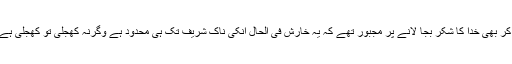
مسلسل چھینکیں مارنے کے بعد وہ یہ سوچ کر بھی خدا کا شکر بجا لانے پر مجبور تھے کہ یہ خارش فی الحال انکی ناک شریف تک ہی محدود ہے وگرنہ کھجلی تو کھجلی ہے انکی تشریف میں بھی لاحق ہو سکتی تھی ۔